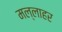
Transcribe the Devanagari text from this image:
मल्लाहर